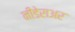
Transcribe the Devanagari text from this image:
नीडेराअर